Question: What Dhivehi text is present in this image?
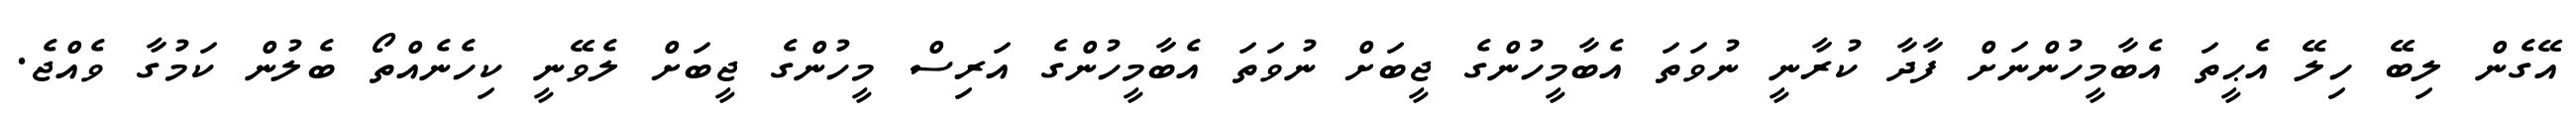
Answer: އޭގެން ލިބޭ ހިލޭ އެޙީތަ އެބާމީހުންނަށް ފާދާ ކުރާނީ ނުވަތަ އެބާމީހުންގެ ޖީބަށް ނުވަތަ އެބާމީހުންގެ އަރިސް މީހުންގެ ޖީބަށް ލެވޭނީ ކިހެނެއްތޯ ބެލުން ކަމުގާ ވެއްޖެ.